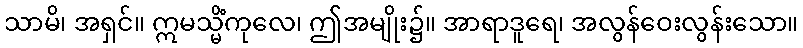
သာမိ၊ အရှင်။ ဣမသ္မိံကုလေ၊ ဤအမျိုး၌။ အာရာဒူရေ၊ အလွန်ဝေးလွန်းသော။